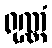
ရုဏ္ဏံ